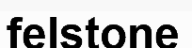
felstone